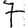
Digit: 7